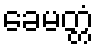
ခေမတ္တံ